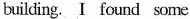
building. I found some